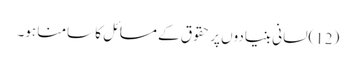
(12)لسانی بنیادوں پر حقوق کے مسائل کا سامنا ہو۔